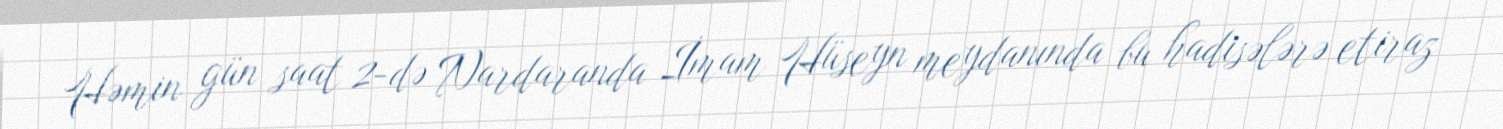
Həmin gün saat 2-də Nardaranda İmam Hüseyn meydanında bu hadisələrə etiraz